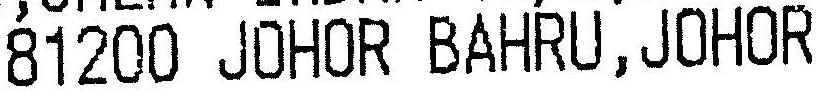
81200 JOHOR BAHRU,JOHOR